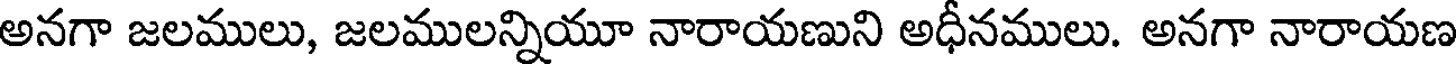
అనగా జలములు, జలములన్నియూ నారాయణుని అధీనములు. అనగా నారాయణ